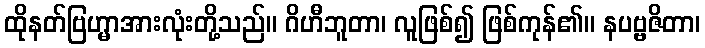
ထိုနတ်ဗြဟ္မာအားလုံးတို့သည်။ ဂိဟီဘူတာ၊ လူဖြစ်၍ ဖြစ်ကုန်၏။ နပဗ္ဗဇိတာ၊